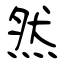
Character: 然